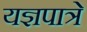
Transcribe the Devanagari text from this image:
यज्ञपात्रे